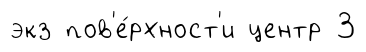
экз пов'е́рхност'и центр 3